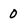
Character: 0